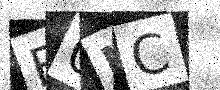
Text: E0IC